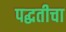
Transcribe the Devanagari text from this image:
पद्घतीचा